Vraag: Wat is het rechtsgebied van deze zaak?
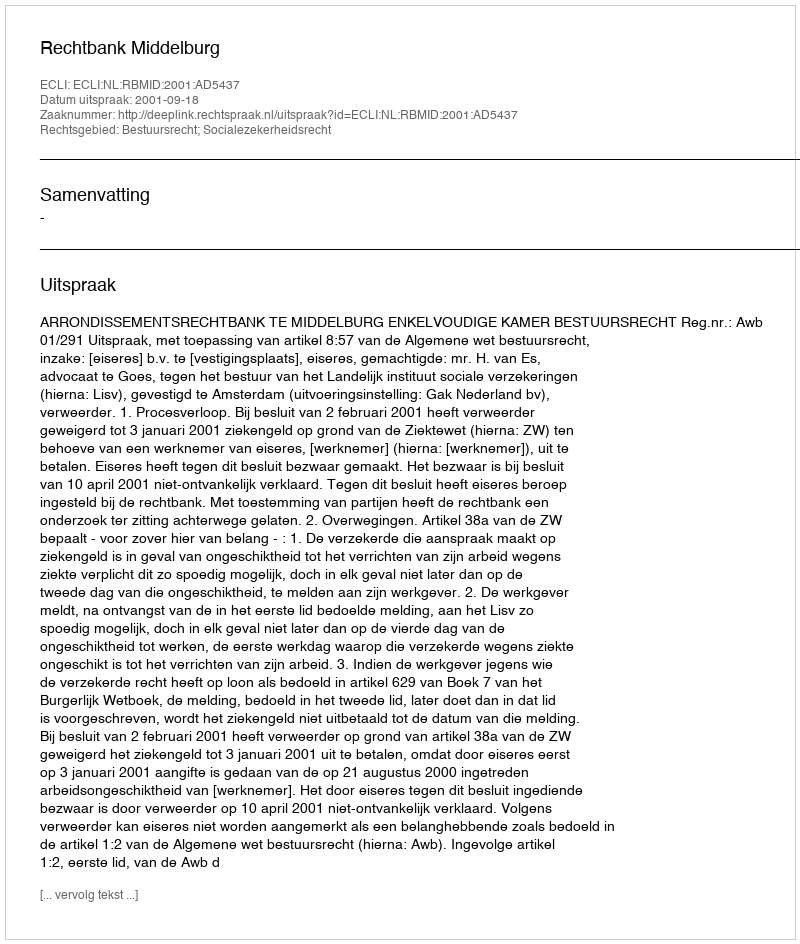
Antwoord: Bestuursrecht; Socialezekerheidsrecht